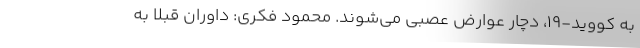
به کووید-۱۹، دچار عوارض عصبی می‌شوند. محمود فکری:‌ داوران قبلا به